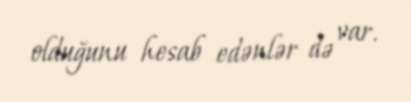
olduğunu hesab edənlər də var.